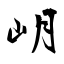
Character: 岄